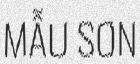
MẪU SƠN